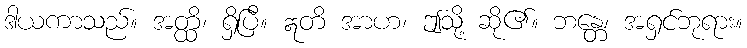
ဒါယကာသည်။ အတ္ထိ၊ ရှိပြီ။ ဣတိ အာဟ၊ ဤသို့ ဆို၏။ ဘန္တေ၊ အရှင်ဘုရား။